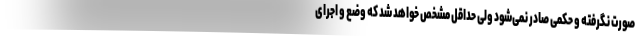
صورت نگرفته و حکمی صادر نمی‌شود ولی حداقل مشخص خواهد شد که وضع و اجرای